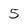
Character: 5